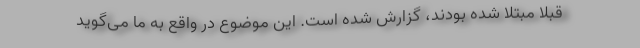
قبلا مبتلا شده بودند، گزارش شده است. این موضوع در واقع به ما می‌گوید